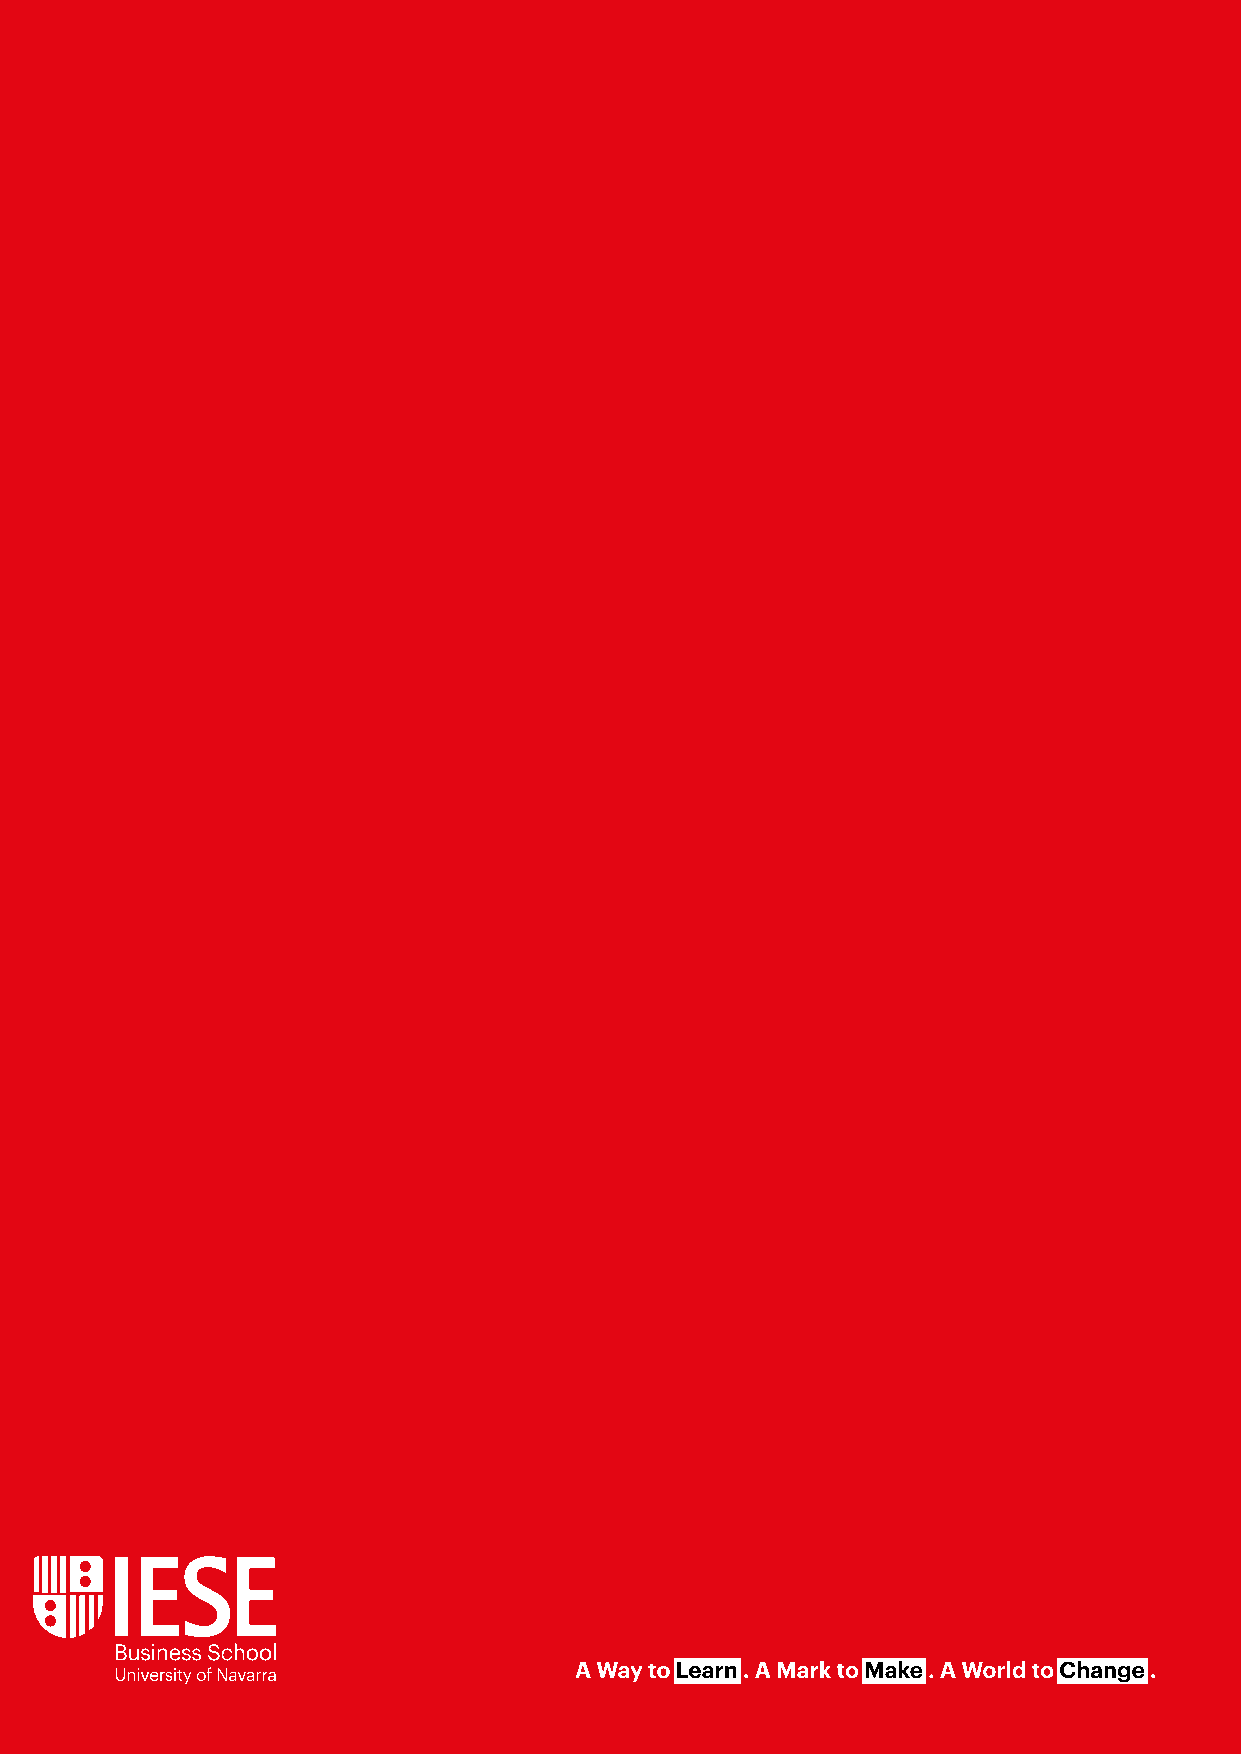
56 | IESE Business School                                Xxxxxxxxxxx | Open Innovation